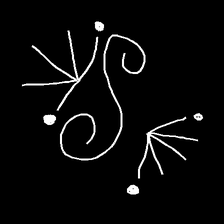
Glyph: aeroform